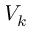
V _ { k }